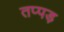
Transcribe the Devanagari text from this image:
तप्पड़